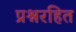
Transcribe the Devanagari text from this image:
प्रश्नरहित